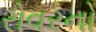
રોવરનો